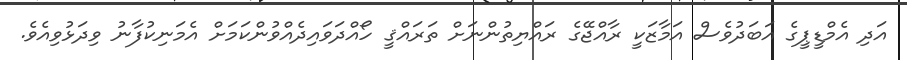
އަދި އެމްޑީޕީގެ އަބަދުވެސް އަމާޒަކީ ރާއްޖޭގެ ރައްޔިތުންނަށް ތަރައްްޤީ ހޯއްދަވައިދެއްވުންކަމަށް އެމަނިކުފާނު ވިދަޅުވިއެވެ.